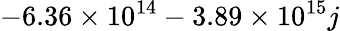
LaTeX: -6.36\times 10^{14}-3.89\times 10^{15}j